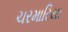
ચરમારિયા